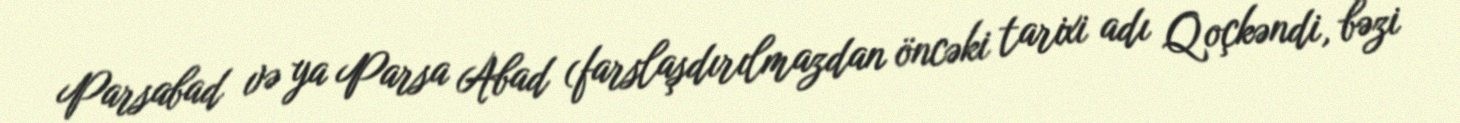
Parsabad və ya Parsa Abad (farslaşdırılmazdan öncəki tarixi adı Qoçkəndi, bəzi